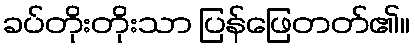
ခပ်တိုးတိုးသာ ပြန်ဖြေတတ်၏။